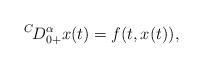
LaTeX: \begin{align*}^{C\!}D_{0+}^\alpha x(t)=f(t,x(t)),\end{align*}